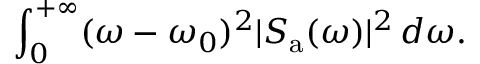
\int _ { 0 } ^ { + \infty } ( \omega - \omega _ { 0 } ) ^ { 2 } | S _ { \mathrm { a } } ( \omega ) | ^ { 2 } \, d \omega .